Document type: Barter
Year: 1304
Scribe: Pere Pometa
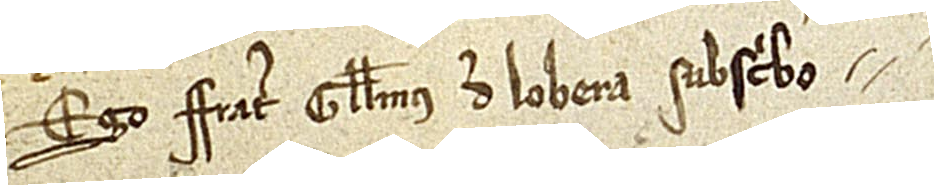
Ego frater Guillelmus de Lobera subscribo.